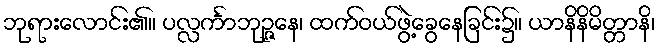
ဘုရားလောင်း၏။ ပလ္လင်္ကာဘုဉ္ဇနေ၊ ထက်ဝယ်ဖွဲ့ခွေနေခြင်း၌။ ယာနိနိမိတ္တာနိ၊